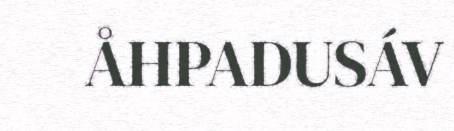
ÅHPADUSÁV